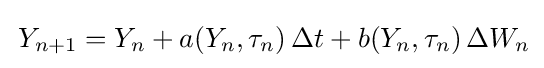
\,Y_{n+1}=Y_{n}+a(Y_{n},\tau _{n})\,\Delta t+b(Y_{n},\tau _{n})\,\Delta W_{n}